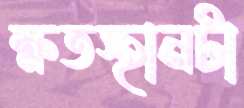
ক্ষতস্থানটা